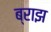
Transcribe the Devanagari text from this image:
ब्राझ